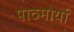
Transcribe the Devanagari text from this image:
पाठमोर्या